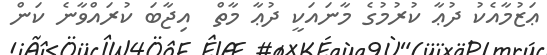
ޢަޒުމާއެކު ދުޢާ ކުރުމުގެ މާނައަކީ ދުޢާ މާތް  އިޖާބަ ކުރައްވާނެ ކަން